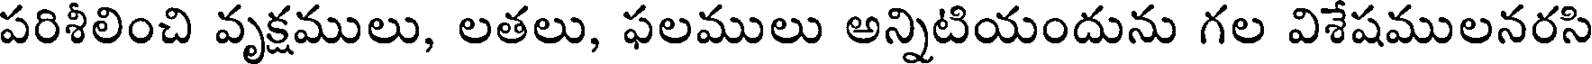
పరిశీలించి వృక్షములు, లతలు, ఫలములు అన్నిటియందును గల విశేషములనరసి